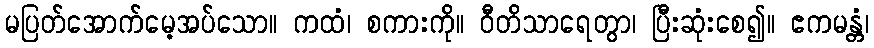
မပြတ်အောက်မေ့အပ်သော။ ကထံ၊ စကားကို။ ဝီတိသာရေတွာ၊ ပြီးဆုံးစေ၍။ ဧကမန္တံ၊